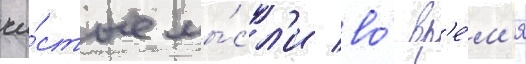
чи́стые мы́сл'и во́ вр'е́м'я